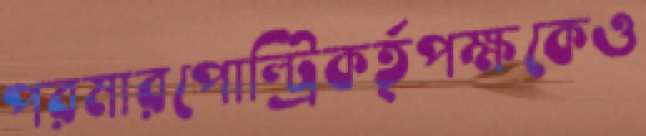
পরমারপোল্ট্রিকর্তৃপক্ষকেও